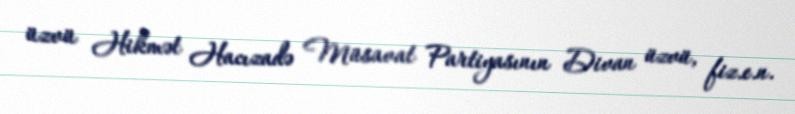
üzvü Hikmət Hacızadə Müsavat Partiyasının Divan üzvü, fiz.e.n.